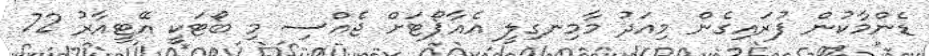
ޑެންމާކުން ފުރައިގެން މިއަދު މާމިނގިލީ އެއާޕޯޓަށް ޖެއްސި މި ބޯޓަކީ އޭޓީއާރު 72